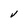
Character: v